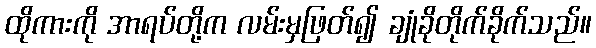
ထိုကားကို အာရပ်တို့က လမ်းမှဖြတ်၍ ချုံခိုတိုက်ခိုက်သည်။